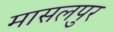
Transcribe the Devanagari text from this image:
मासलपुर